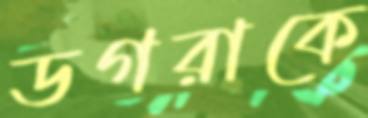
ডগরাকে